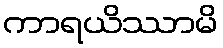
ကာရယိဿာမိ